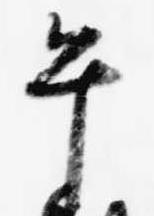
午